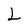
Character: L